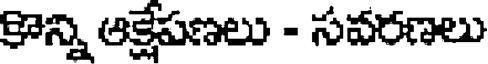
కాన్ని ఆక్షేపణలు - సవరణలు